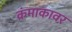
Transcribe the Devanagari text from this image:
क्रंमाकावर